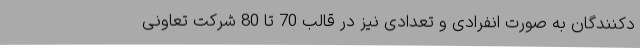
دکنندگان به صورت انفرادی و تعدادی نیز در قالب 70 تا 80 شرکت تعاونی